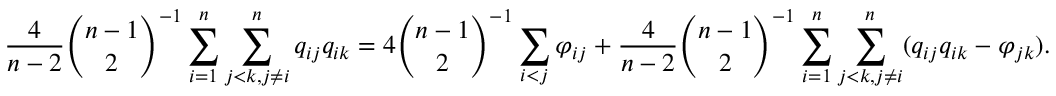
\frac { 4 } { n - 2 } \binom { n - 1 } { 2 } ^ { - 1 } \sum _ { i = 1 } ^ { n } \sum _ { j < k , j \neq i } ^ { n } q _ { i j } q _ { i k } = 4 \binom { n - 1 } { 2 } ^ { - 1 } \sum _ { i < j } \varphi _ { i j } + \frac { 4 } { n - 2 } \binom { n - 1 } { 2 } ^ { - 1 } \sum _ { i = 1 } ^ { n } \sum _ { j < k , j \neq i } ^ { n } ( q _ { i j } q _ { i k } - \varphi _ { j k } ) .